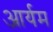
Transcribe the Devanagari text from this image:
आर्यम